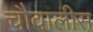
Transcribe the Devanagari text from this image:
चौवालीस